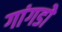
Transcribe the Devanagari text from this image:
गांगडोे